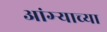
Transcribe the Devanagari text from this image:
आंग्र्‍याच्या